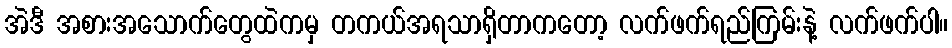
အဲဒီ အစားအသောက်တွေထဲကမှ တကယ်အရသာရှိတာကတော့ လက်ဖက်ရည်ကြမ်းနဲ့ လက်ဖက်ပါ။